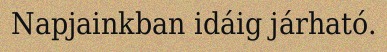
Napjainkban idáig járható.